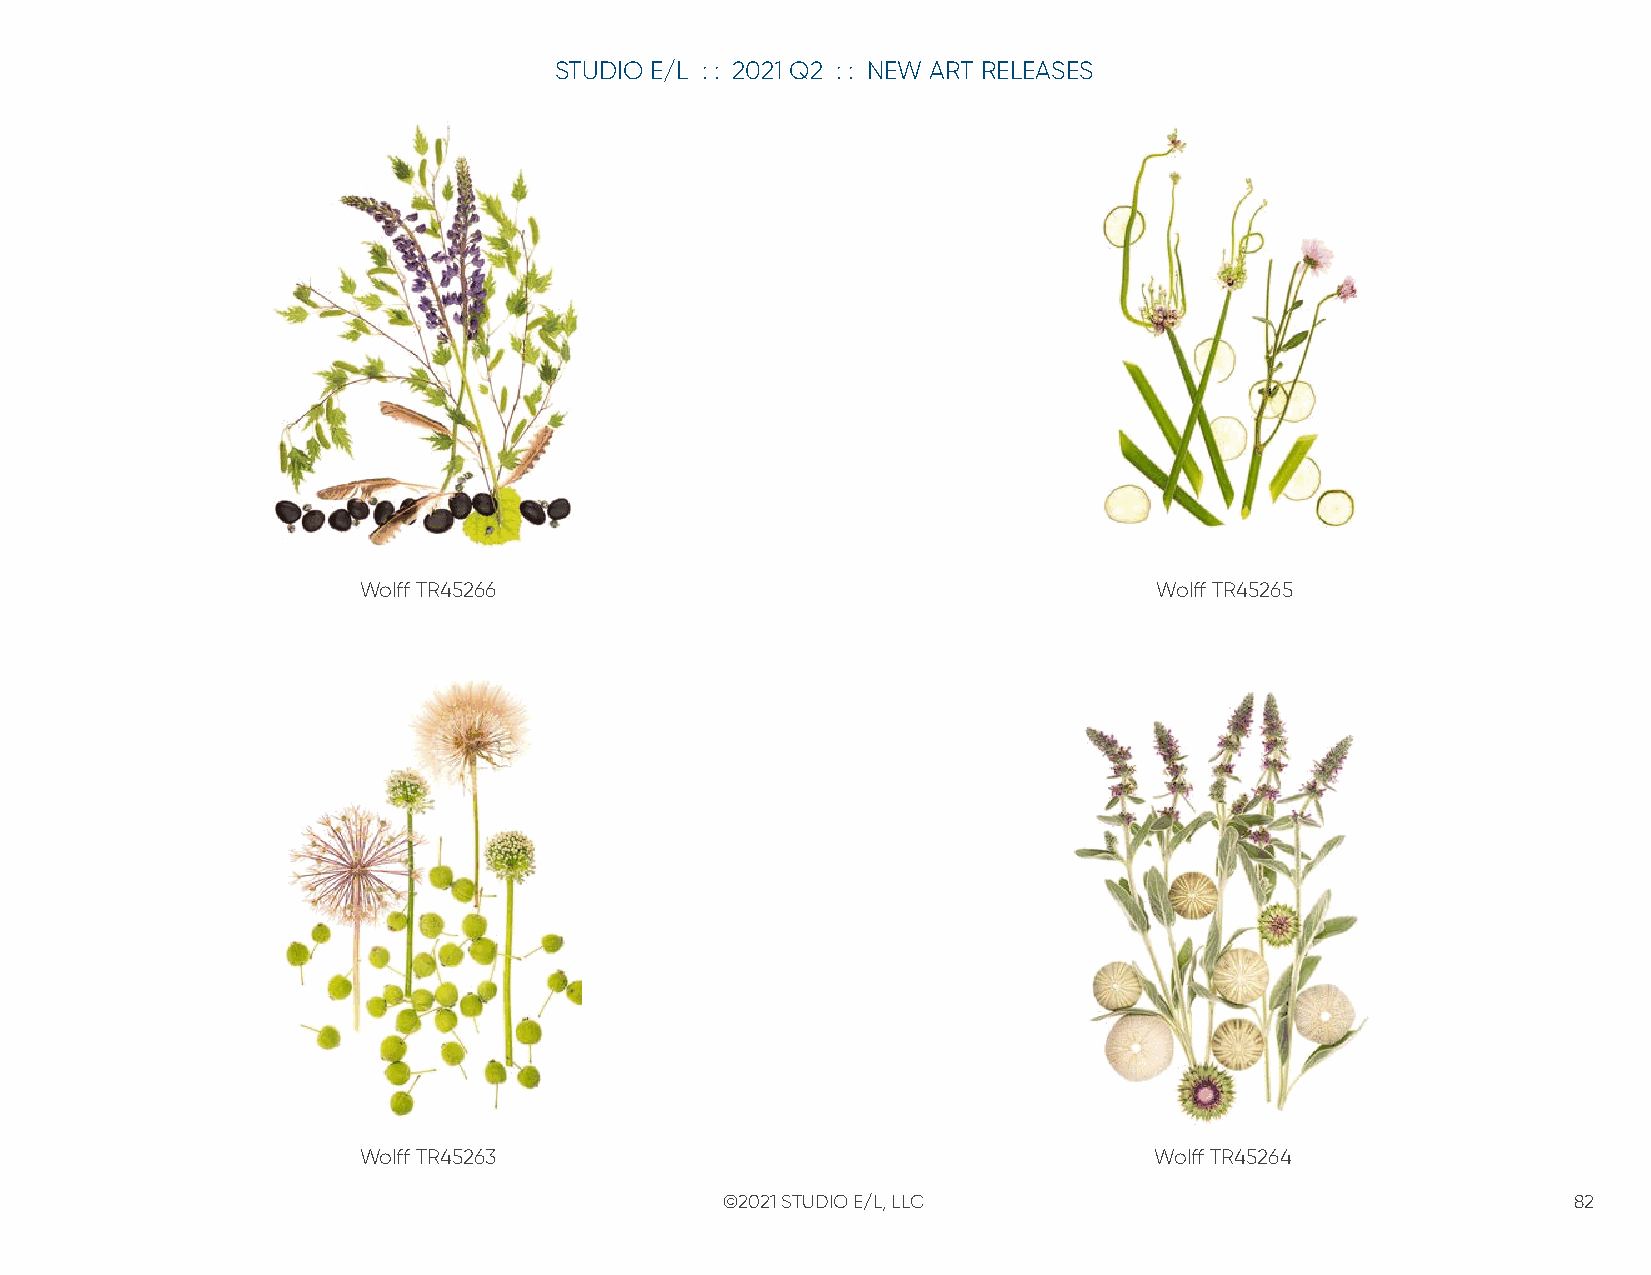
STUDIO E/L : : 2021 Q2 : : NEW ART RELEASES
 Wolff TR45266                                       Wolff TR45265
 Wolff TR45263                                       Wolff TR45264
 ©2021 STUDIO E/L, LLC                                   82